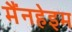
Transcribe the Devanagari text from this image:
मैंनहेइम